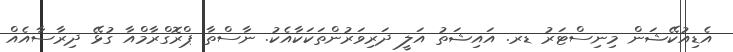
އެޑިއުކޭޝަން މިނިސްޓަރު ޑރ. އައިޝަތު އަލީ ދަރިވަރުންތަކަކާއެކު. ނާސްތާ ޕްރޮގްރާމްއާ ގުޅޭ ދިރާސާއެއް